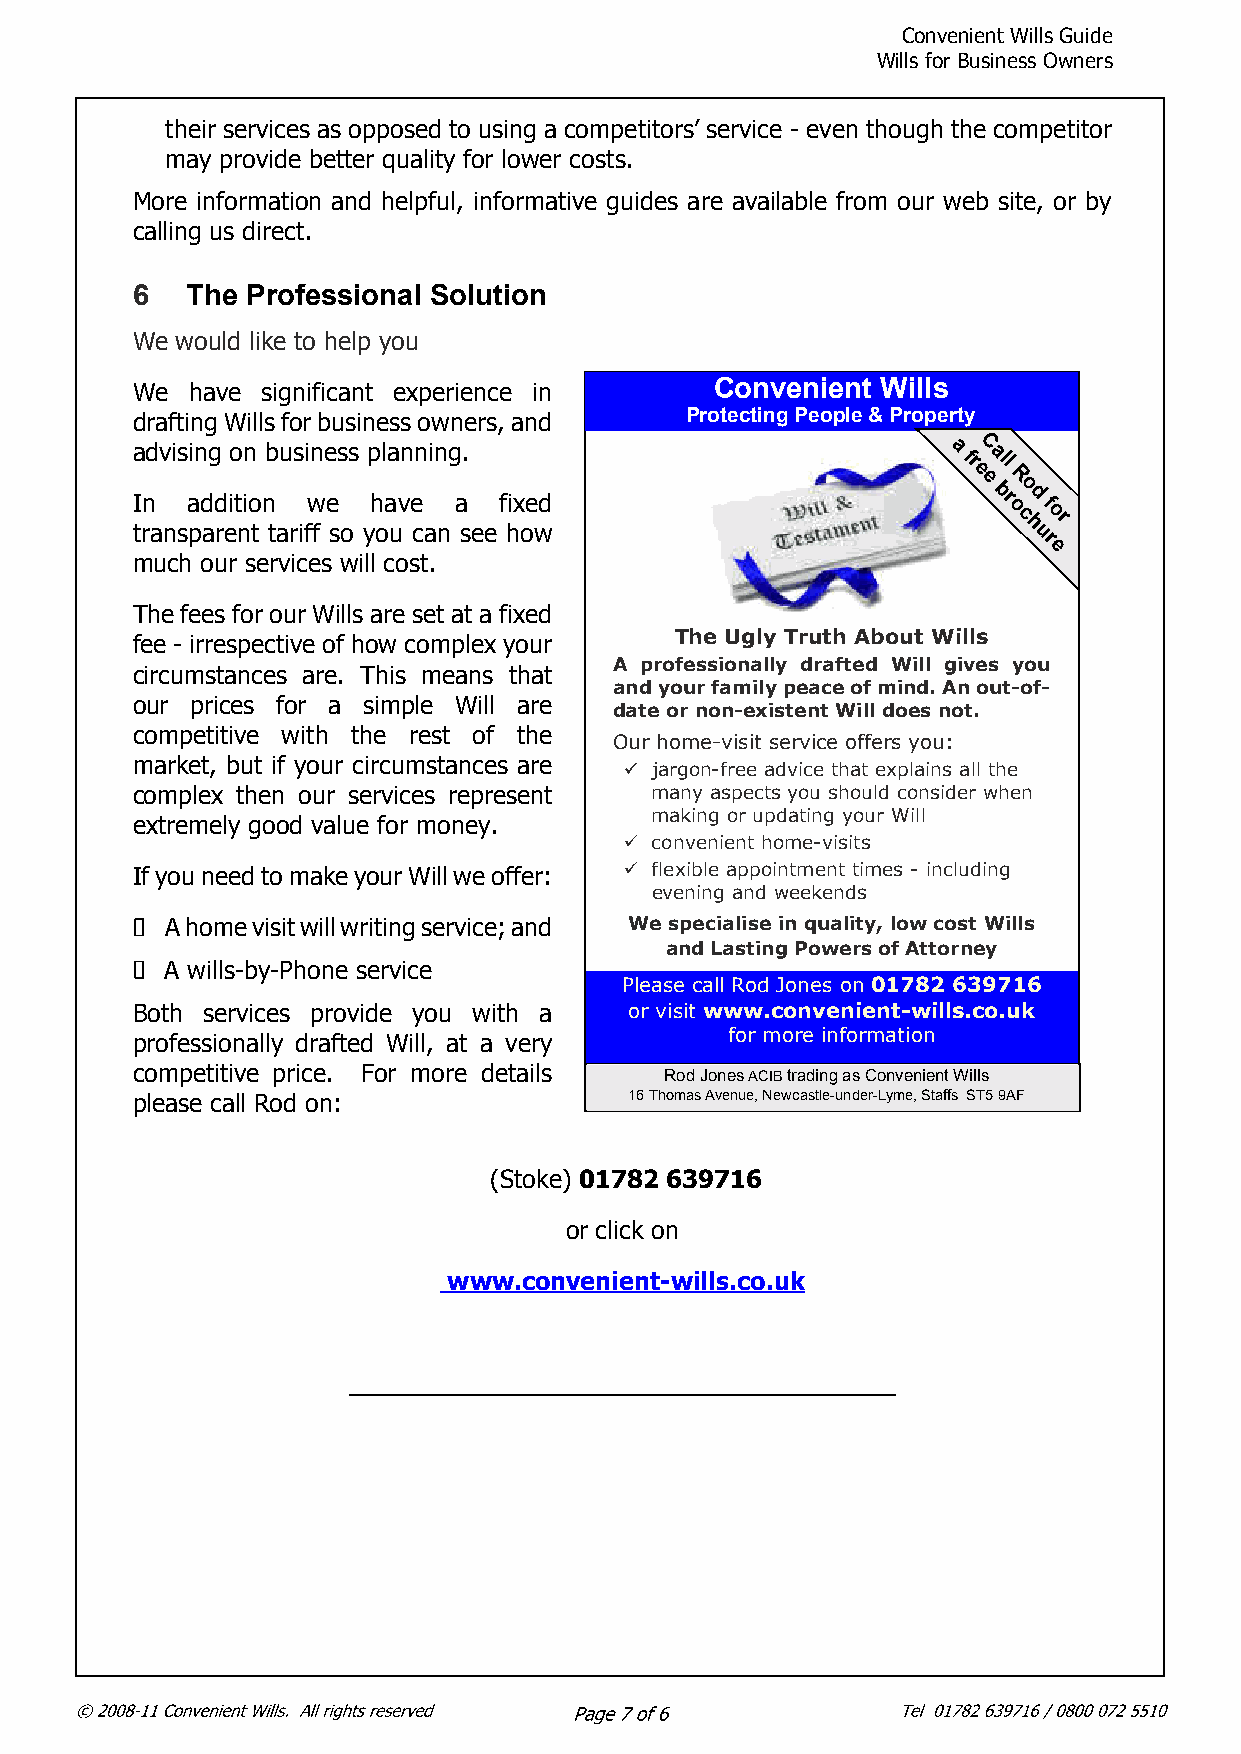
Convenient Wills Guide
 Wills for Business Owners
 their services as opposed to using a competitors’ service - even though the competitor
 may provide better quality for lower costs.
 More information and helpful, informative guides are available from our web site, or by
 calling us direct.
 6  The Professional Solution
 We would like to help you
 We have significant experience in     Convenient Wills
 drafting Wills for business owners, and Protecting People & Property
 Pl
 a
 I
 trnd
 a
 v ni ss
 a
 pin
 d
 ag
 d
 r
 eio
 t
 nin
 o
 t
 nb
 t
 au rs ii fwn
 f
 e
 e
 ss os yp
 h
 ol aa uvn
 e
 cn ain ng
 a
 s.
 ee
 f hix oe wd
 at h fi
 rs
 eC ece a
 a
 bal
 rl rs
 d
 oRe
 cso hak
 d ufe ef re
 opr
 e
 much our services will cost.
 The fees for our Wills are set at a fixed
 fee - irrespective of how complex your The Ugly Truth About Wills
 A professionally drafted Will gives you
 circumstances are. This means that
 and your family peace of mind. An out-of-
 our prices for a simple Will are
 date or non-existent Will does not.
 competitive with the rest of the
 Our home-visit service offers you:
 market, but if your circumstances are
 jargon-free advice that explains all the
 complex then our services represent many aspects you should consider when
 making or updating your Will
 extremely good value for money.
 convenient home-visits
 If you need to make your Will we offer: flexible appointment times - including
 evening and weekends
 A home visit will writing service; and We specialise in quality, low cost Wills
 and Lasting Powers of Attorney
 A wills-by-Phone service
 Please call Rod Jones on 01782 639716
 Both services provide you with a or visit www.convenient-wills.co.uk
 professionally drafted Will, at a very for more information
 competitive price. For more details Rod Jones ACIBtrading as Convenient Wills
 please call Rod on:              16 Thomas Avenue, Newcastle-under-Lyme, Staffs ST59AF
 (Stoke) 01782 639716
 or click on
 www.convenient-wills.co.uk
 ________________________________________